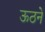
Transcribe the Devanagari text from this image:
ऊठने